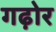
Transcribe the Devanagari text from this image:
गढ़ोर